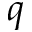
q